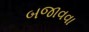
બજાવવા